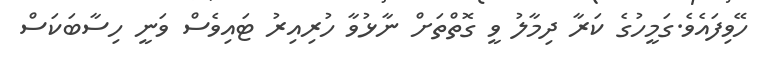
ހޭވިފައެވެ.ގަމީހުގެ ކަރާ ދިމާލު ވީ ގޮތްތަށް ނާޅުވާ ހުރިއިރު ޓައިވެސް ވަނީ ހިސާބަކަސް